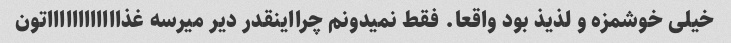
خیلی خوشمزه و لذیذ بود واقعا. فقط نمیدونم چرااینقدر دیر میرسه غذااااااااااااتون